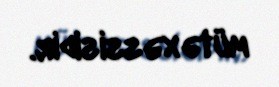
mütəxəssisidir.